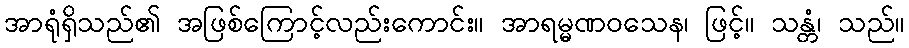
အာရုံရှိသည်၏ အဖြစ်ကြောင့်လည်းကောင်း။ အာရမ္မဏဝသေန၊ ဖြင့်။ သန္တံ၊ သည်။